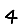
Digit: 4